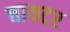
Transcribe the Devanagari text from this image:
चायटर